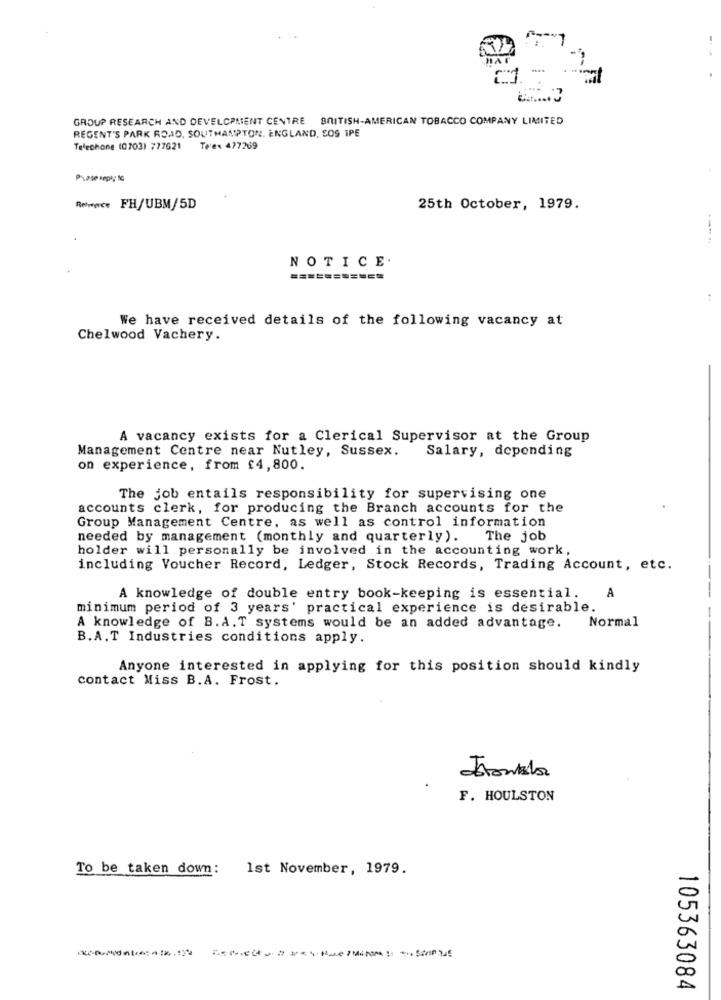
GROUP RESEARCH AND DEVELOPMENT CENTRE BRITISH-AMERICAN TOBACCO COMPANY LIMITED
REGENT'S PARK ROAD, SOUTHAMPTON, ENGLAND, SOS IPE
Telephone (0703) 777621
Telex 477269
Prase reply IG
Retwewce FH/UBM/5D
25th October, 1979.
NOTICE.
===========
We have received details of the following vacancy at
Chelwood Vachery.
A vacancy exists for a Clerical Supervisor at the Group
Management Centre near Nutley, Sussex.
Salary, depending
on experience, from £4,800.
The job entails responsibility for supervising one
accounts clerk, for producing the Branch accounts for the
Group Management Centre, as well as control information
needed by management (monthly and quarterly).
The job
holder will personally be involved in the accounting work,
including Voucher Record, Ledger, Stock Records, Trading Account, etc.
A knowledge of double entry book-keeping is essential.
A
minimum period of 3 years' practical experience is desirable.
Normal
A knowledge of B.A.T systems would be an added advantage.
B.A.T Industries conditions apply.
Anyone interested in applying for this position should kindly
contact Miss B.A. Frost.
F. HOULSTON
To be taken down:
Ist November, 1979.
105363084